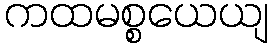
ကထမစ္စယေယျ